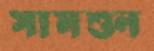
সামশুন